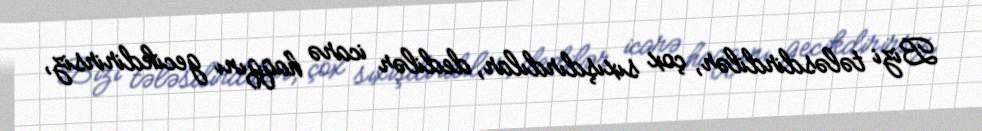
Bizi tələsdirdilər, çox sıxışdırdılar, dedilər icarə haqqını gecikdirirsiz,